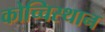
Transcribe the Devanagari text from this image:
कोच्चिस्थान